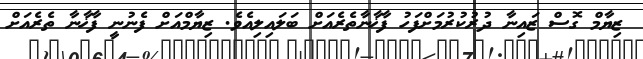
ޒިޔާމް ގޮސް ޒައިނާ ދުރުކުރުމަށްފަހު ފާޚާނާތެރެއަށް ބަލައިލިއެވެ. ޒިޔާމްއަށް ފެނުނީ ފާޚާނާ ތެރެއަށް